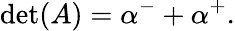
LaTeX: \operatorname*{det}(A)=\alpha^{-}+\alpha^{+}.